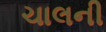
ચાલની